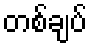
တစ်ချပ်